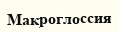
Макроглоссия